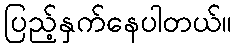
ပြည့်နှက်နေပါတယ်။